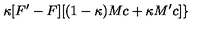
\kappa [ F ^ { \prime } - F ] [ ( 1 - \kappa ) M c + \kappa M ^ { \prime } c ] \}